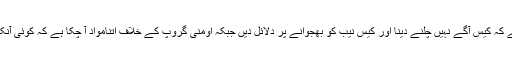
آپ نے قسم کھا لی ہے کہ کیس آگے نہیں چلنے دینا اور کیس نیب کو بھجوانے پر دلائل دیں جبکہ اومنی گروپ کے خلاف اتنامواد آ چکا ہے کہ کوئی آنکھیں بند نہیں کر سکتا۔